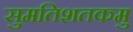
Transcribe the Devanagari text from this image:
सुमतिशतकमु